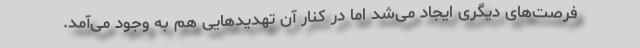
فرصت‌های دیگری ایجاد می‌شد اما در کنار آن تهدیدهایی هم به وجود می‌آمد.